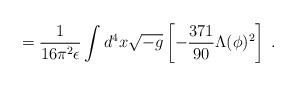
LaTeX: \begin{align*}=\frac{1}{16 \pi^2 \epsilon}\int d^4x\sqrt{-g}\left[ -\frac{371}{90}\Lambda(\phi)^2 \right]\;.\end{align*}